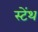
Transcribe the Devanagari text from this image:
स्‍टेंथ